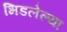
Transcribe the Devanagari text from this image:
भिडलेल्या